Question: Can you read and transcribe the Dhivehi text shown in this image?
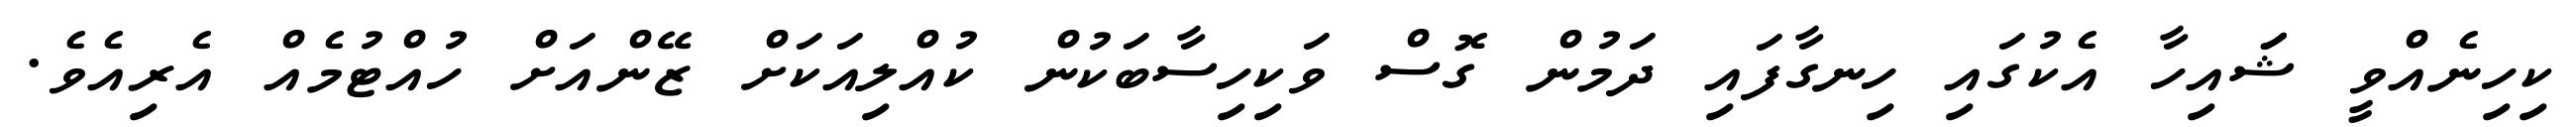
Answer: ކިހިނެއްވީ ޝަަަަައިހާ އެކުގައި ހިނގާފައި ދަމުން ގޮސް ވަކިހިސާބަކުން ކުއްލިއަކަށް ޒޭންއަށް ހުއްޓުމެއް އެރިއެވެ.